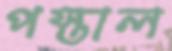
পস্তাল